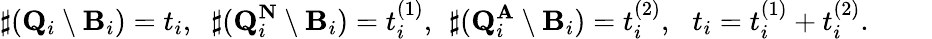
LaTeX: \sharp({\mathbf Q}_{i}\setminus{\mathbf B}_{i})=t_{i},\; \; \sharp({\mathbf Q}_{i}^{{\mathbf N}}\setminus{\mathbf B}_{i})=t_{i}^{(1)},\: \: \sharp({\mathbf Q}_{i}^{{\mathbf A}}\setminus{\mathbf B}_{i})=t_{i}^{(2)},\: \: \: t_{i}=t_{i}^{(1)}+t_{i}^{(2)}.\: \: \: \: \: \: \: \: \: \: